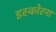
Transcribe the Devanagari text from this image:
इस्कोरना